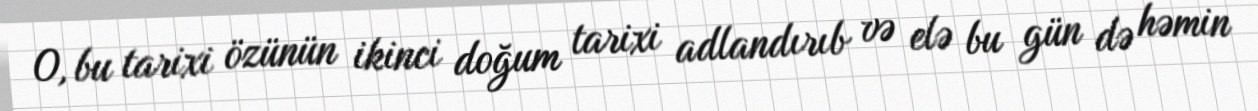
O, bu tarixi özünün ikinci doğum tarixi adlandırıb və elə bu gün də həmin